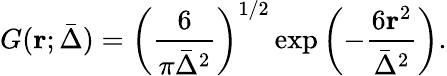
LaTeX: G(\mathbf{r};\bar{\Delta})=\left(\frac{6}{\pi\bar{\Delta}^{2}}\right)^{1/2}\exp\left(-\frac{6\mathbf{r}^{2}}{\bar{\Delta}^{2}}\right).